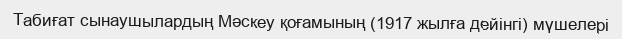
Табиғат сынаушылардың Мәскеу қоғамының (1917 жылға дейінгі) мүшелері